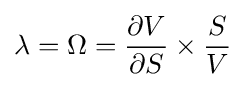
\lambda =\Omega ={\frac {\partial V}{\partial S}}\times {\frac {S}{V}}